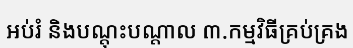
អប់រំ និងបណ្តុះបណ្តាល ៣.កម្មវិធីគ្រប់គ្រង